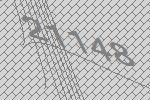
21148